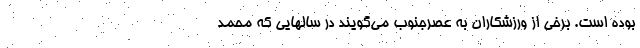
بوده است. برخی از ورزشکاران به عصرجنوب می‌گویند در سالهایی که محمد